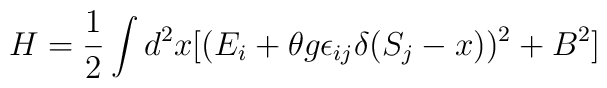
H=\frac{1}{2}\int d^2 x[(E_i+\theta g \epsilon_{ij}\delta (S_j-x))^2+B^2]